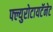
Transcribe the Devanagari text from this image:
फ्ल्युरोटायटॅनेट